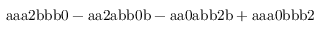
\mathrm { a a a 2 b b b 0 - a a 2 a b b 0 b - a a 0 a b b 2 b + a a a 0 b b b 2 }